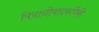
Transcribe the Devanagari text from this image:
पियानोवादकांपैकी